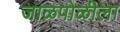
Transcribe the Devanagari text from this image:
जाळपोळीला